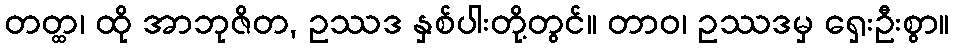
တတ္ထ၊ ထို အာဘုဇိတ, ဥဿဒ နှစ်ပါးတို့တွင်။ တာဝ၊ ဥဿဒမှ ရှေးဦးစွာ။